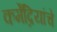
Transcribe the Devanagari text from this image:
कर्मेंद्रियांचे